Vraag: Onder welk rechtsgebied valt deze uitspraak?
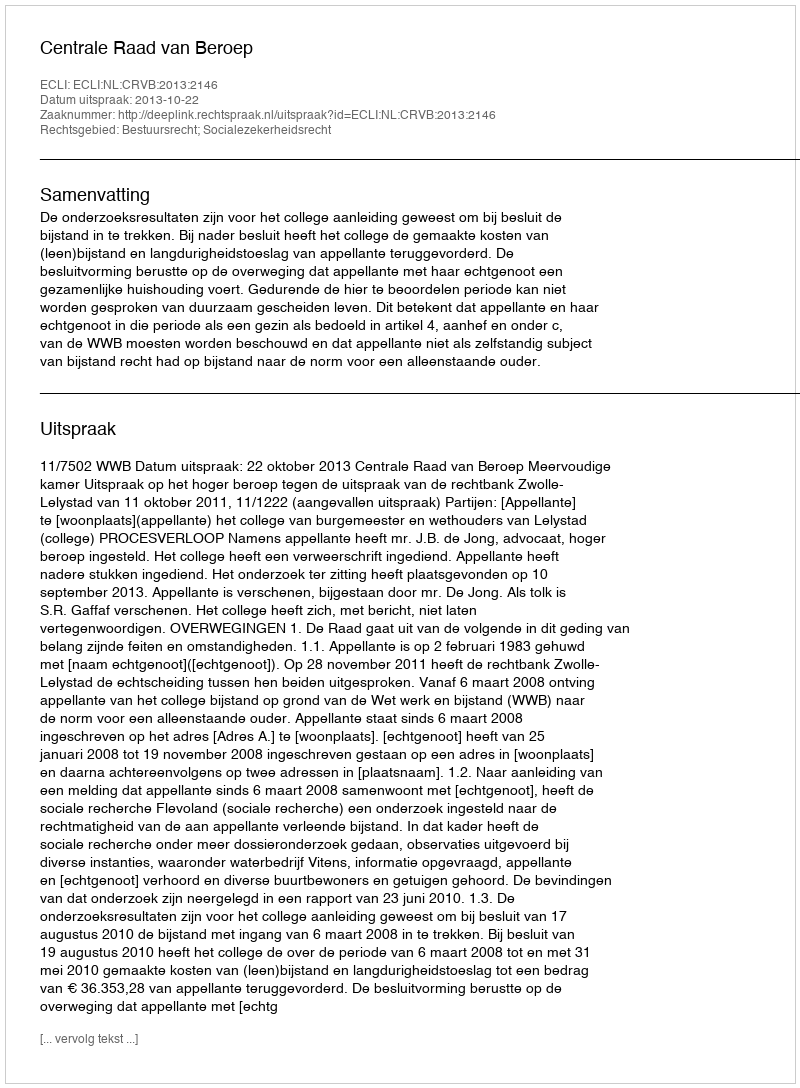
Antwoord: Bestuursrecht; Socialezekerheidsrecht